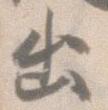
出